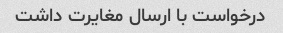
درخواست با ارسال مغایرت داشت